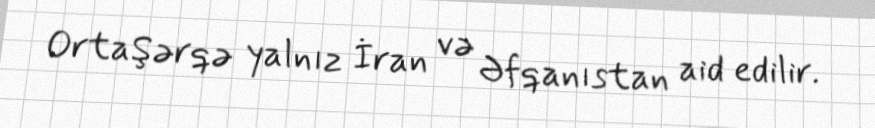
OrtaŞərqə yalnız İran və Əfqanıstan aid edilir.